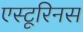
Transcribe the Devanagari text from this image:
एस्टूरिनस